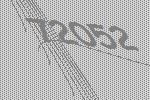
72052